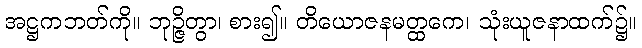
အဋ္ဌကဘတ်ကို။ ဘုဉ္ဇိတွာ၊ စား၍။ တိယောဇနမတ္ထကေ၊ သုံးယူဇနာထက်၌။